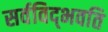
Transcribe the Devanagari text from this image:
सर्वविद्‍भवति